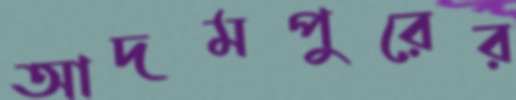
আদমপুরের